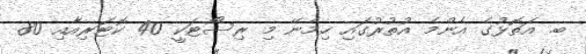
ބ. އަތޮޅުގެ އެންމެ އުތުރުގައި ހިމެނޭ މި ރިސޯޓަކީ 40 ކޮޓަރިއާއި 80